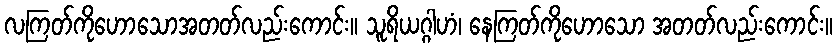
လကြတ်ကိုဟောသောအတတ်လည်းကောင်း။ သူရိယဂ္ဂါဟံ၊ နေကြတ်ကိုဟောသော အတတ်လည်းကောင်း။